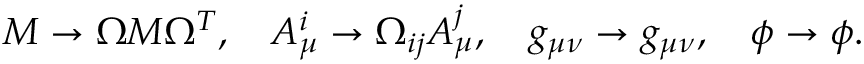
M \to \Omega M \Omega ^ { T } , \ \ \ { \cal A } _ { \mu } ^ { i } \to \Omega _ { i j } { \cal A } _ { \mu } ^ { j } , \ \ \ g _ { \mu \nu } \to g _ { \mu \nu } , \ \ \ \phi \to \phi .